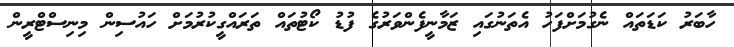
ހާބަރު ކަޑަތައް ނެގުމަށްފަހު އެތަނުގައި ޒަމާނީފެންވަރުގެ ފުޑު ކޯޓުތައް ތަރައްގީކުރުމަށް ހައުސިން މިނިސްޓްރީން